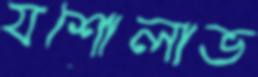
যশোলাভ